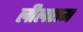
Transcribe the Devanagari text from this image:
लीलराम